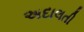
અદાલતી